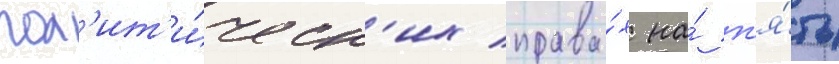
пол'ит'и́ческ'их права́х на́ п'я́ть